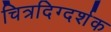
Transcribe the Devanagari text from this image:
चित्रदिग्दर्शक